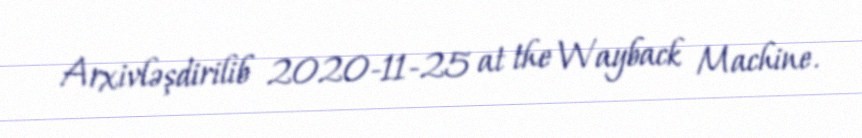
Arxivləşdirilib 2020-11-25 at the Wayback Machine.